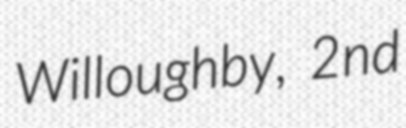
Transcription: Willoughby, 2nd